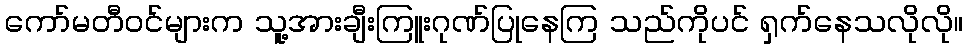
ကော်မတီဝင်များက သူ့အားချီးကြူးဂုဏ်ပြုနေကြ သည်ကိုပင် ရှက်နေသလိုလို။